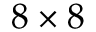
8 \times 8